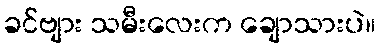
ခင်ဗျား သမီးလေးက ချောသားပဲ။